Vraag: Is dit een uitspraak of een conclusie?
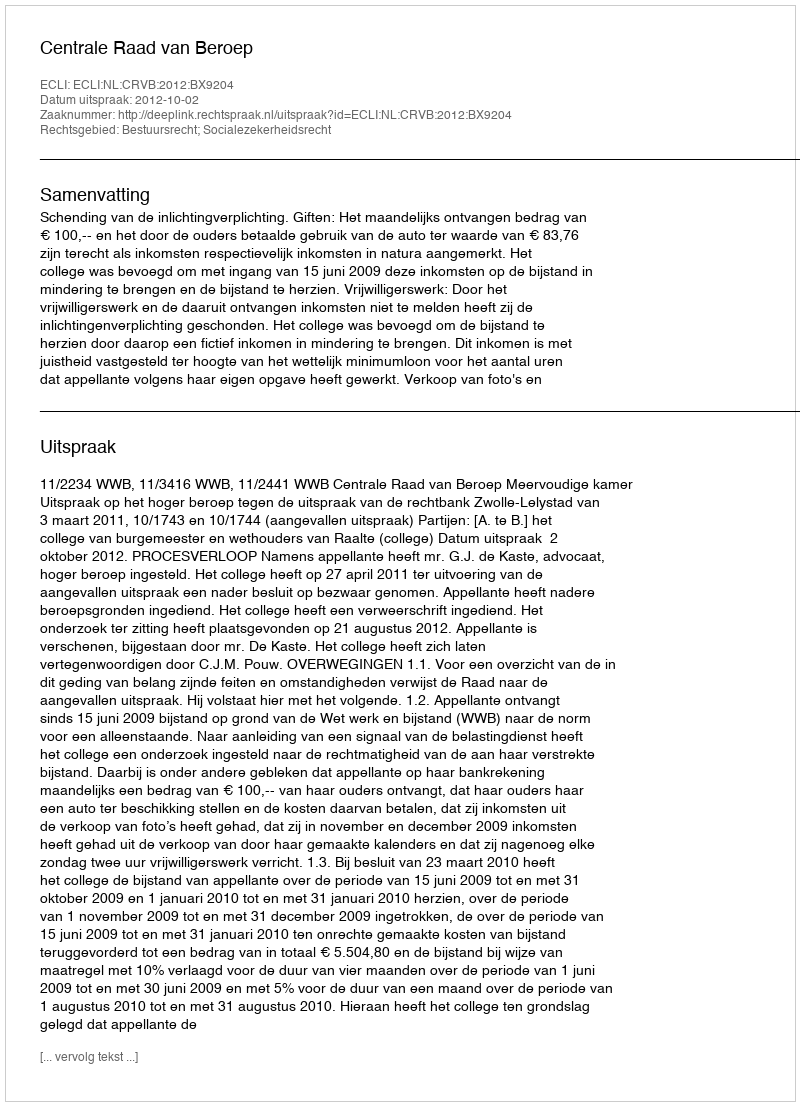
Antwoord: Uitspraak